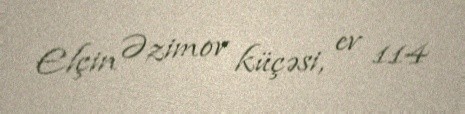
Elçin Əzimov küçəsi, ev 114